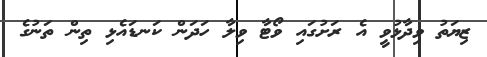
ޒިޔަތު ވިދާޅުވީ އެ ރަށުގައި ވޯޓާ ވިލާ ހަދަން ކަނޑައެޅި ތިން ތަނުގެ